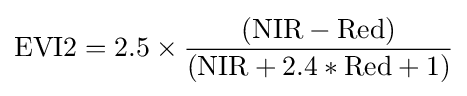
{\text{EVI2}}=2.5\times {({\text{NIR}}-{\text{Red}}) \over ({\text{NIR}}+2.4*{\text{Red}}+1)}